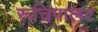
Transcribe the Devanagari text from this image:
रूचिपालट